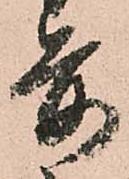
前